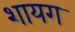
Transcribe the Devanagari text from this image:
शायग